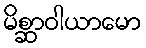
မိစ္ဆာဝါယာမော